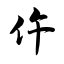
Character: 仵